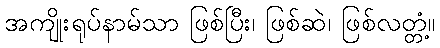
အကျိုးရုပ်နာမ်သာ ဖြစ်ပြီး၊ ဖြစ်ဆဲ၊ ဖြစ်လတ္တံ့။